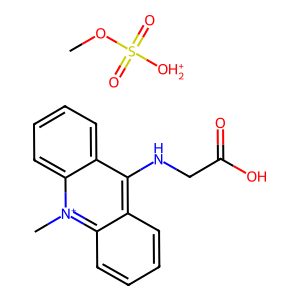
SMILES: COS(=O)(=O)[OH2+].C[n+]1c2ccccc2c(NCC(=O)O)c2ccccc21
Inhibits HIV replication: No